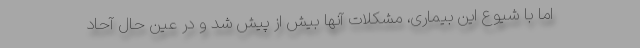
اما با شیوع این بیماری، مشکلات آنها بیش از پیش شد و در عین حال آحاد